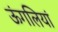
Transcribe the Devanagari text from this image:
ऊंगलियां